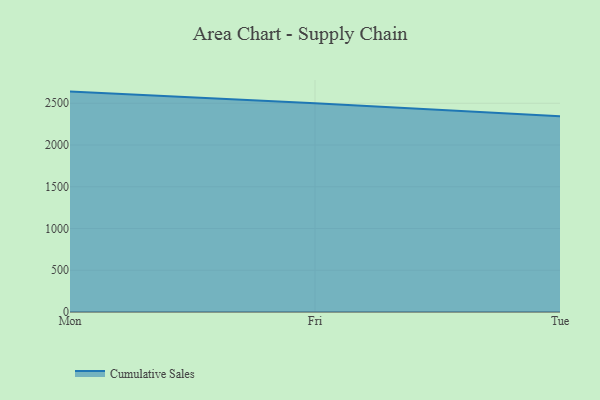
{"axis": {"x": "Day", "y": "Production Output"}, "legend": ["Cumulative Sales"], "data": [{"x": "Mon", "y": 2639.5, "type": "Cumulative Sales"}, {"x": "Fri", "y": 2499.8, "type": "Cumulative Sales"}, {"x": "Tue", "y": 2345.7, "type": "Cumulative Sales"}]}